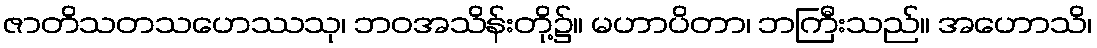
ဇာတိသတသဟေဿသု၊ ဘဝအသိန်းတို့၌။ မဟာပိတာ၊ ဘကြီးသည်။ အဟောသိ၊